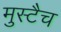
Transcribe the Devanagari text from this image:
मुस्टैच